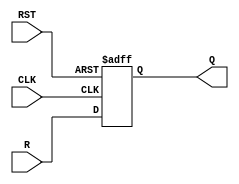
`timescale 1ns / 1ps

module register(R, RST, CLK, Q);
parameter N = 8;
    input  [N-1:0]     R;
    input            RST;
    input            CLK;
    output reg [N-1:0] Q = 0;


always@(posedge CLK or negedge RST)
begin
    if(!RST)
        Q <= 0;
    else
        Q <= R;
end
endmodule